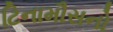
ટિનામૌસનો